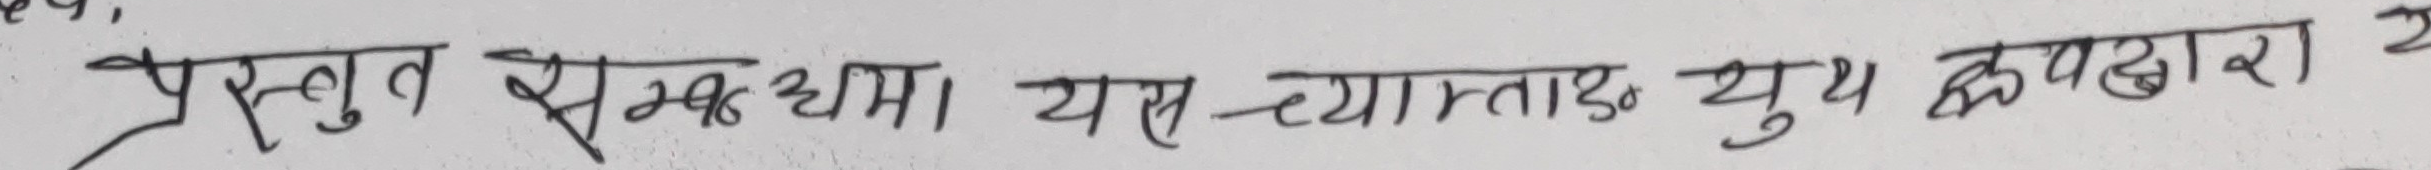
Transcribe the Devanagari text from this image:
प्रस्तुत सम्बन्धमा। यस च्यात्ताङ्ग युग यूथ क्लबद्वारा